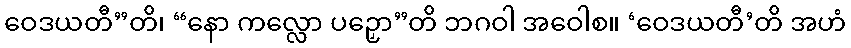
ဝေဒယတီ”တိ၊ “နော ကလ္လော ပဉှော”တိ ဘဂဝါ အဝေါစ။ ‘ဝေဒယတီ’တိ အဟံ